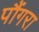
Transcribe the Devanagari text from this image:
पौंगरा